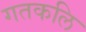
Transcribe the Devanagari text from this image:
गतकलि